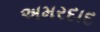
અમરદાદ